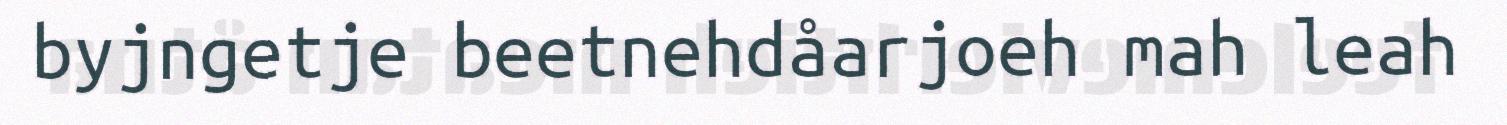
byjngetje beetnehdåarjoeh mah leah